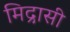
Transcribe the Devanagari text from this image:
मिद्रासी